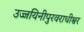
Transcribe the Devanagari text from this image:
उज्जयिनीपुरवराधीश्वर